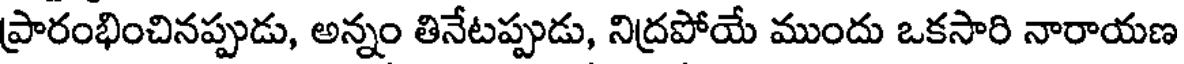
ప్రారంభించినప్పుడు, అన్నం తినేటప్పుడు, నిద్రపోయే ముందు ఒకసారి నారాయణ